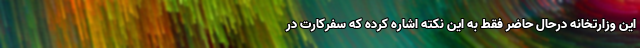
این وزارتخانه درحال حاضر فقط به این نکته اشاره کرده که سفرکارت در